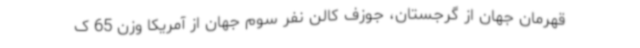
قهرمان جهان از گرجستان، جوزف کالن نفر سوم جهان از آمریکا وزن 65 ک